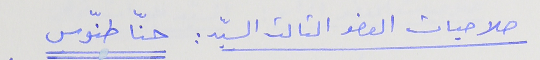
صلاحيات العضو الثالث السيّد : حنّا طنّوس